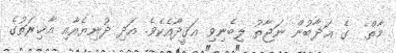
މާތް  ގެ ޢަޛާބުން ނަޖާތު ލިބެނިވި ޢަޤީދާއެކެވެ. އަދި ދުނިޔެއާއި އާޚިރަތުގެ